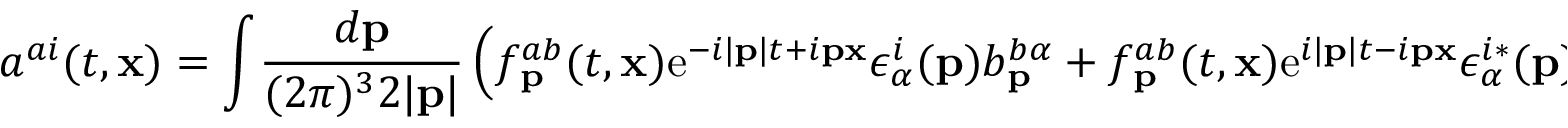
a ^ { a i } ( t , { \bf x } ) = \int \! { \frac { d { \bf p } } { ( 2 \pi ) ^ { 3 } 2 | { \bf p } | } } \left( f _ { \bf p } ^ { a b } ( t , { \bf x } ) \mathrm { e } ^ { - i | { \bf p } | t + i { \bf p x } } \epsilon _ { \alpha } ^ { i } ( { \bf p } ) b _ { \bf p } ^ { b \alpha } + f _ { \bf p } ^ { a b } ( t , { \bf x } ) \mathrm { e } ^ { i | { \bf p } | t - i { \bf p x } } \epsilon _ { \alpha } ^ { i * } ( { \bf p } ) b _ { \bf p } ^ { b \alpha \dagger } \right)